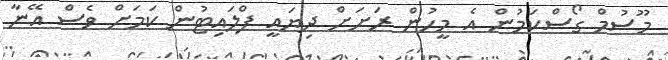
މޫސުމް ގޯސްކަމުން އެ މީހުން ރަށަށް ދިޔައީ ފްލައިޓުން ކަމަށް ވެސް އޭނާ